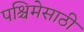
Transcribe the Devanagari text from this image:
पश्चिमेसाठी